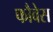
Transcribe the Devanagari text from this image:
फौवेस